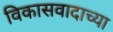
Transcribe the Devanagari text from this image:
विकासवादाच्या